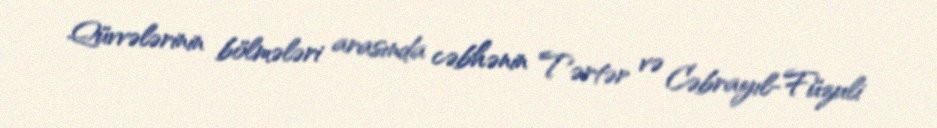
Qüvvələrinin bölmələri arasında cəbhənin Tərtər və Cəbrayıl-Füzuli